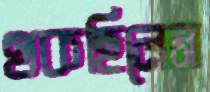
থকছিলেন